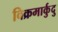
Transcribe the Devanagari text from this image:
विक्रमार्कुदु